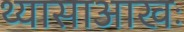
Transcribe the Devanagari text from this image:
थ्यासाआखः